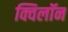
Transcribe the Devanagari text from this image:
क्विलॉन